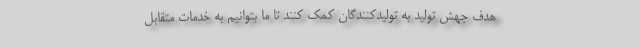
هدف جهش تولید به تولیدکنندگان کمک کنند تا ما بتوانیم به خدمات متقابل